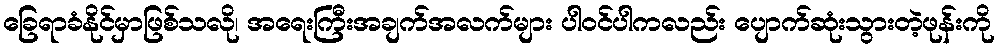
ခြေရာခံနိုင်မှာဖြစ်သလို၊ အရေးကြီးအချက်အလက်များ ပါဝင်ပါကလည်း ပျောက်ဆုံးသွားတဲ့ဖုန်းကို